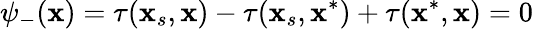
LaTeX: \psi_{-}(\mathbf{x})=\tau(\mathbf{x}_{s},\mathbf{x})-\tau(\mathbf{x}_{s},\mathbf{x}^{*})+\tau(\mathbf{x}^{*},\mathbf{x})=0